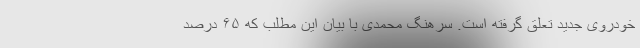
خودروی جدید تعلق گرفته است. سرهنگ محمدی با بیان این مطلب که ۶۵ درصد